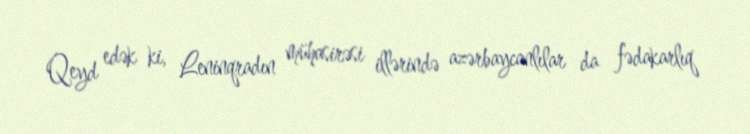
Qeyd edək ki, Leninqradın mühasirəsi illərində azərbaycanlılar da fədakarlıq